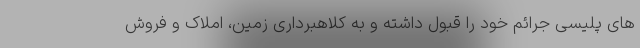
های پلیسی جرائم خود را قبول داشته و به کلاهبرداری زمین، املاک و فروش